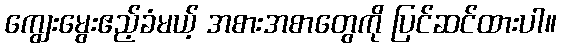
ကျွေးမွေးဧည့်ခံမယ့် အစားအစာတွေကို ပြင်ဆင်ထားပါ။